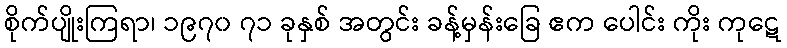
စိုက်ပျိုးကြရာ၊ ၁၉၇၀ ၇၁ ခုနှစ် အတွင်း ခန့်မှန်းခြေ ဧက ပေါင်း ကိုး ကုဋေ